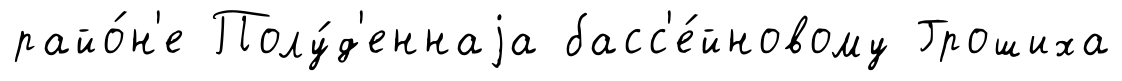
райо́н'е Полу́д'еннаjа басс'е́йновому Грошиха